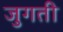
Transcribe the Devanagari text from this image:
जुगती